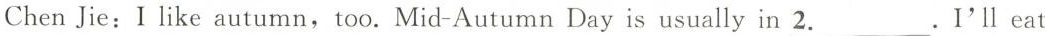
Chen Jie: I like autumn,too. Mid-Autumn Day is usually in \underline{2.}I'll eat